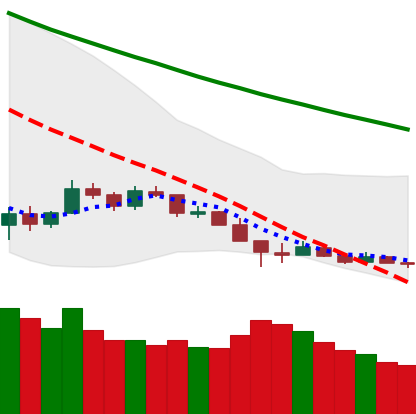
Ticker: LTC-USD
Chart end date: 2018-12-14
Forward return: 26.502%
Label: up_7plus